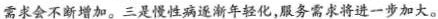
需求会不断增加。三是慢性病逐渐年轻化，服务需求将进一步加大。